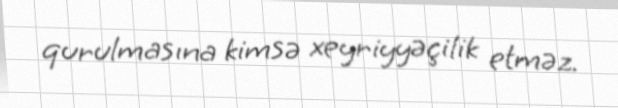
qurulmasına kimsə xeyriyyəçilik etməz.